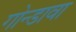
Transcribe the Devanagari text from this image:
गोन्डावा